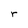
Character: r